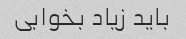
باید زیاد بخوابی